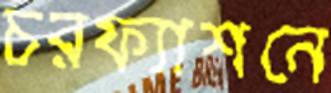
চরফ্যাশনে